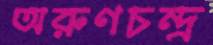
অরুণচন্দ্র